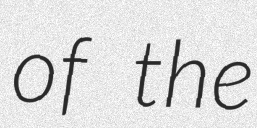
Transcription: of the